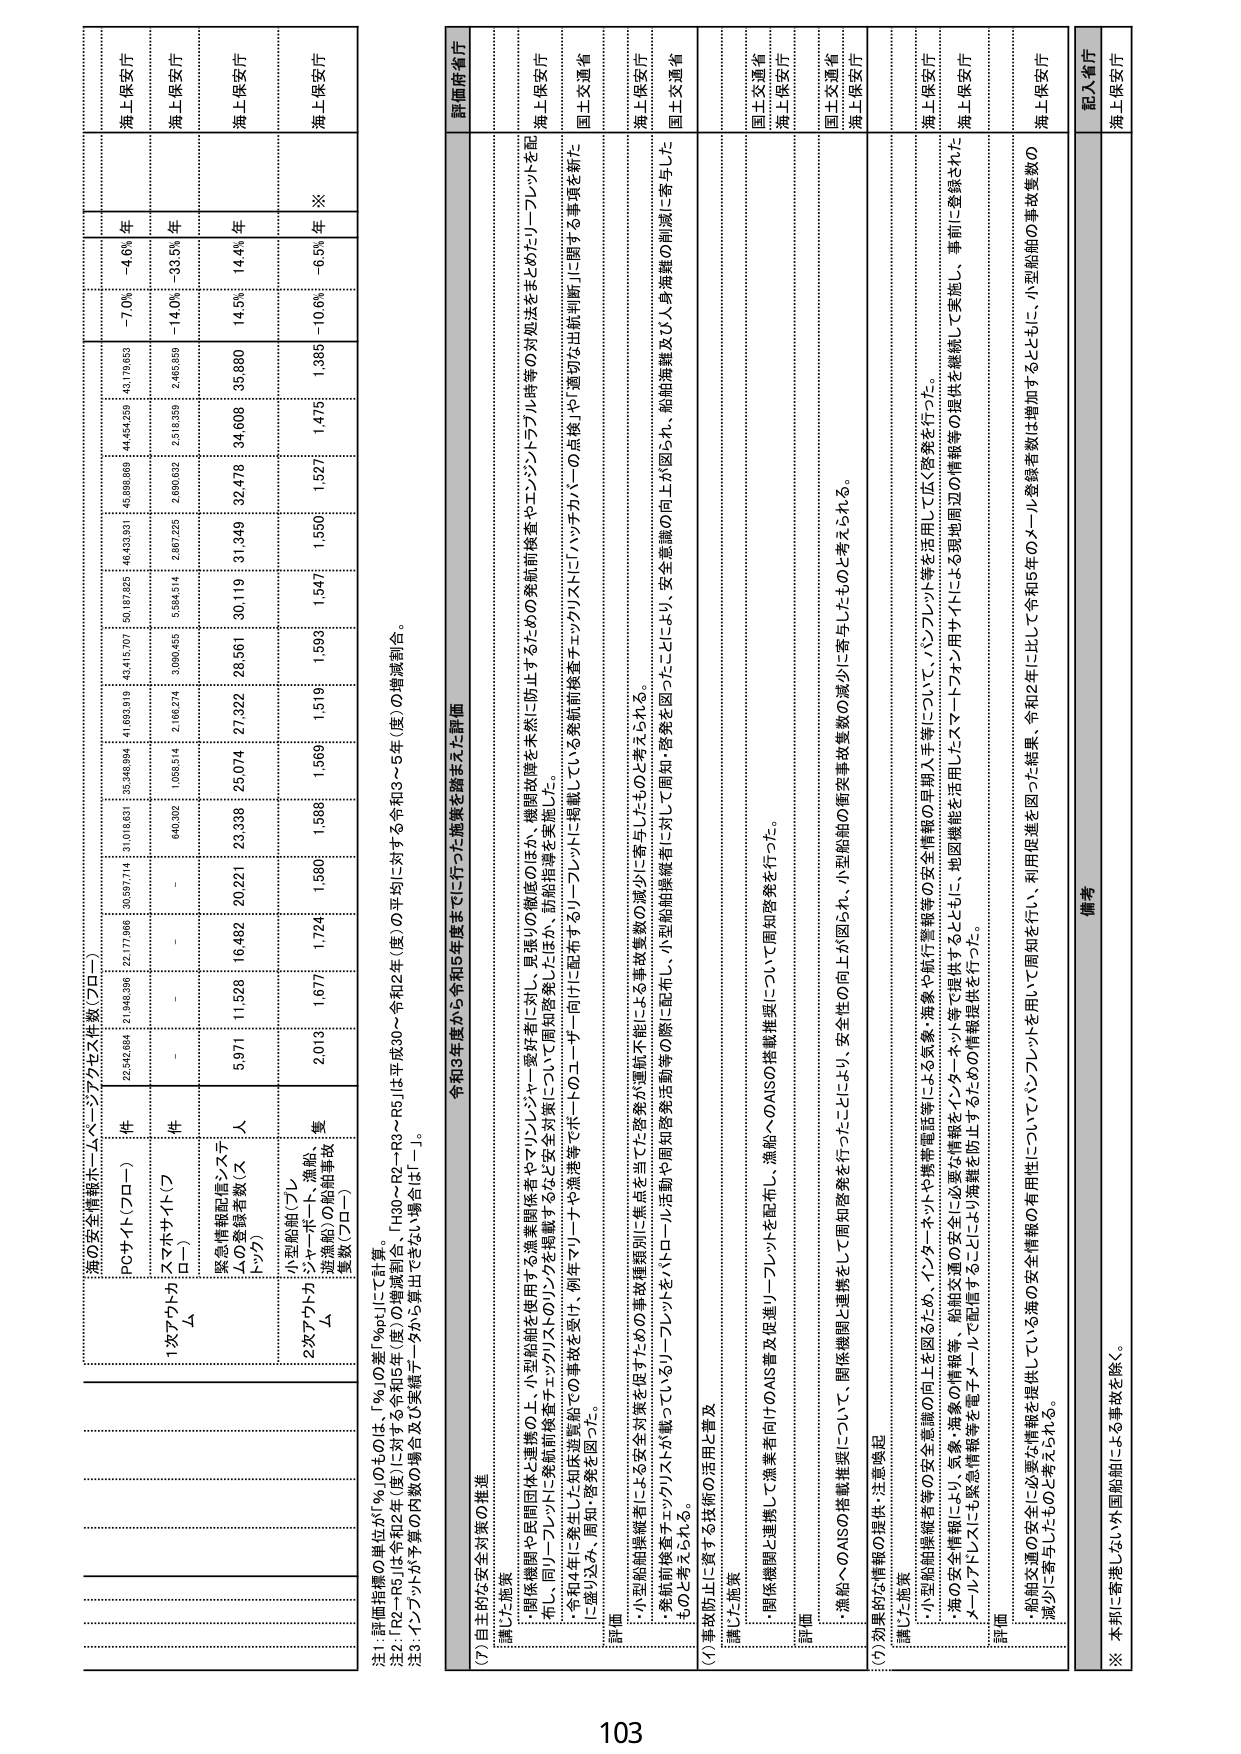
海上保安庁
海上保安庁
海上保安庁
海上保安庁
※
-7.0%
-14.0%
14.5%
-10.6%
-4.6%
-33.5%
14.4%
-6.5%
年
年
年
年
43,179,653
2,465,859
35,880
1,385
44,454,259
2,518,359
34,608
1,475
46,433,931
2,800,632
32,478
1,527
50,187,825
5,584,514
30,119
1,547
43,415,707
3,004,455
28,561
1,596
41,693,319
2,166,274
27,322
1,519
35,348,994
1,658,514
23,336
1,566
31,016,651
640,362
20,221
1,586
22,542,684
-
16,482
1,724
23,177,966
-
11,528
1,677
21,948,396
-
5,971
2,015
海の安全情報ホームページアクセス件数（フロー）
PCサイト（フロー）
件
スマホサイト（フロー）
件
緊急情報配信システムの登録者数（スドウ）
人
小型船舶（プレジャーボート、漁船、遊漁船）の船舶事故件数（フロー）
件
※1. 該当指標の単位が「％」のものは「％の差［%pt］」にて計算。
※2. 「P2～P5」は令和2年（度）に対する令和3年（度）の増減割合、「H30～P2～P3～P5」は平成30～令和2年（度）の平均に対する令和3～5年（度）の増減割合。
※3. インターネットが予算の内数の場合及び実績データから算出できない場合は「－」。

令和3年度から令和5年度までに行った施策を踏まえた評価

(7) 自主的な安全対策の推進
講じた施策
・関係機関や民間団体と連携の上、小型船舶を運用する漁業関係者やマリンレジャー愛好者に対し、異常時の徹底のほか、機関故障等を未然に防止するための発航前検査やエンジントラブル時等の対処法をまとめたリーフレットを配布し、同リーフレットに発航前検査チェックリストのリンクを掲載するなど安全対策について周知啓発しましたほか、訪船指導を実施した。
・令和4年に発生した知床遊覧船での事故を受け、例年マリーナや漁港等でボードのユーザー向けに配布するリーフレットに掲載している発航前検査チェックリストに「ハッチカバーの点検」や「適切な出航判断」に関する事項を新たに盛り込み、周知・啓発を図った。
評価
・小型船舶操縦者による安全対策を促すための事故情報周知に焦点を当てた啓発が運航不能による事故件数の減少に寄与したとの考えられる。
・発航前検査チェックリストが載っているリーフレットをパトロール活動や周知啓発活動等に配布し、小型船舶操縦者に対して周知・啓発を図ったことにより、安全意識の向上が図られ、船舶海難及び人身海難の削減に寄与したものと考えられる。

(1) 事故防止に資する技術の活用と普及
講じた施策
・関係機関と連携して漁業者向けのAIS普及促進リーフレットを配布し、漁船へのAISの搭載推奨を行った。
評価
・漁船へのAISの搭載推奨について、関係機関と連携をして周知啓発を行ったことにより、小型船舶の衝突事故件数の減少に寄与したものと考えられる。

(5) 効果的な情報の提供・注意喚起
講じた施策
・小型船舶操縦者等の安全意識の向上を図るため、インターネットや携帯電話等による気象・海象や航行警報等の安全情報の早期入手等について、パンフレット等を活用して広く啓発を行った。
・海の安全情報により、気象・海象の情報等、船舶交通の安全に必要な情報をインターネット等で提供するとともに、地域機能を活用したスマートフォン用サイトによる現地周辺の情報等の提供を継続して実施し、事前に登録されたメールアドレスにも緊急情報等を配メールして配信することにより海難を防止するための情報提供を行った。
評価
・船舶交通の安全に必要な情報を提供している海の安全情報の有用性について周知を行い、利用促進を図った結果、令和2年に出して令和5年のメール登録者数は増加するとともに、小型船舶の事故件数の減少に寄与したものと考えられる。

備考
記入省庁
海上保安庁
※ 本邦に寄港しない外国船舶による事故を除く。

103